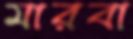
মারবা